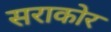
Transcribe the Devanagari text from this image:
सराकोर